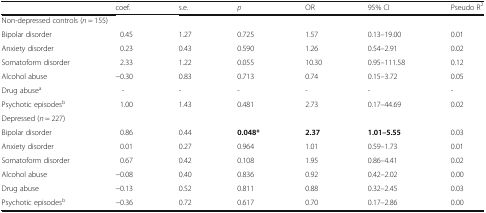
|  | coef. | s.e. | p | OR | 95% CI | Pseudo R2 |
 | --- | --- | --- | --- | --- | --- | --- |
 | <COLSPAN=7> Non-depressed controls (n = 155) |
 | Bipolar disorder | 0.45 | 1.27 | 0.725 | 1.57 | 0.13–19.00 | 0.01 |
 | Anxiety disorder | 0.23 | 0.43 | 0.590 | 1.26 | 0.54–2.91 | 0.02 |
 | Somatoform disorder | 2.33 | 1.22 | 0.055 | 10.30 | 0.95–111.58 | 0.12 |
 | Alcohol abuse | −0.30 | 0.83 | 0.713 | 0.74 | 0.15–3.72 | 0.05 |
 | Drug abusea | - | - | - | - | - | - |
 | Psychotic episodesb | 1.00 | 1.43 | 0.481 | 2.73 | 0.17–44.69 | 0.02 |
 | <COLSPAN=7> Depressed (n = 227) |
 | Bipolar disorder | 0.86 | 0.44 | 0.048* | 2.37 | 1.01–5.55 | 0.03 |
 | Anxiety disorder | 0.01 | 0.27 | 0.964 | 1.01 | 0.59–1.73 | 0.01 |
 | Somatoform disorder | 0.67 | 0.42 | 0.108 | 1.95 | 0.86–4.41 | 0.02 |
 | Alcohol abuse | −0.08 | 0.40 | 0.836 | 0.92 | 0.42–2.02 | 0.00 |
 | Drug abuse | −0.13 | 0.52 | 0.811 | 0.88 | 0.32–2.45 | 0.03 |
 | Psychotic episodesb | −0.36 | 0.72 | 0.617 | 0.70 | 0.17–2.86 | 0.00 |